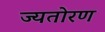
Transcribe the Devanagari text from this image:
ज्यतोरण